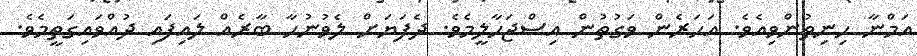
އަމްނާ ހިނިތުންވިއެވެ. އަހަރެން ވަގުތުން އިސްޖަހާލީމެވެ. ދެފަޔަށް ލެވުނުހާ ބާރެއް ލައިފައި ދުއްވައިގަތީމެވެ.